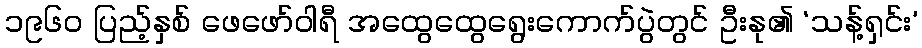
၁၉၆၀ ပြည့်နှစ် ဖေဖော်ဝါရီ အထွေထွေရွေးကောက်ပွဲတွင် ဦးနု၏ ‘သန့်ရှင်း’